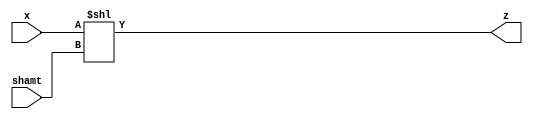
module left_shifter
#( 
    parameter WIDTH = 8,
    parameter SHIFT = 3 //SHIFT specifies the number of bits for shamt argument
)
(
    input  [WIDTH - 1:0] x,
    input  [SHIFT - 1:0] shamt,
    output [WIDTH - 1:0] z
);
    assign z = x << shamt;
endmodule